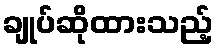
ချုပ်ဆိုထားသည့်